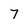
Character: 7